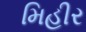
મિહીર